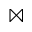
\bowtie